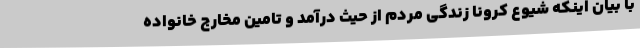
با بیان اینکه شیوع کرونا زندگی مردم از حیث درآمد و تامین مخارج خانواده